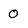
Character: 0